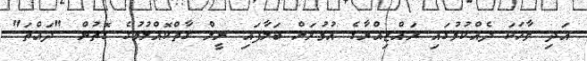
އަދި ވާހަކަ ދެއްކުމުގައި ރައްޒިއްޔާގެ އުމުރަށް ބަލާފައި ނީލް ގާތްކޮއްލުމުގެ ގޮތުން "ދައްތަ"